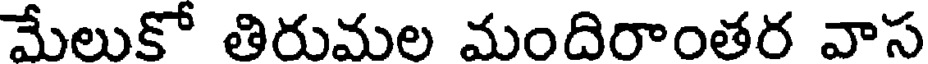
మేలుకో తిరుమల మందిరాంతర వాస